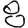
Digit: 8